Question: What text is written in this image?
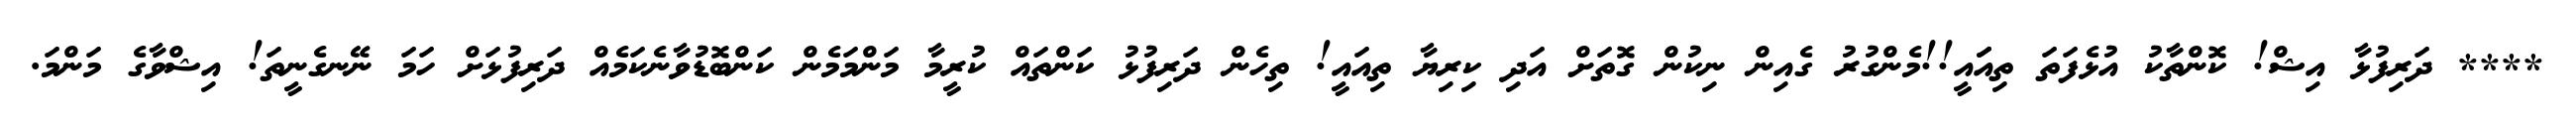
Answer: **** ދަރިފުޅާ އިޝް! ކޮންތާކު އުޅެފަތަ ތިއަައީ!!މެންގުރު ގެއިން ނިކުން ގޮތަށް އަދި ކިރިޔާ ތިއައީ! ތިހެން ދަރިފުޅު ކަންތައް ކުރީމާ މަންމަމެން ކަންބޮޑުވާނެކަމެއް ދަރިފުޅަށް ހަމަ ނޭނގެނީތަ! އިޝްވާގެ މަންމަ.